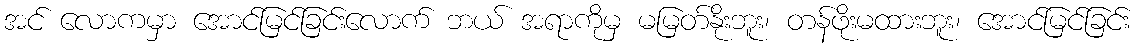
အင် လောကမှာ အောင်မြင်ခြင်းလောက် ဘယ် အရာကိုမှ မမြတ်နိုးဘူး၊ တန်ဖိုးမထားဘူး၊ အောင်မြင်ခြင်း